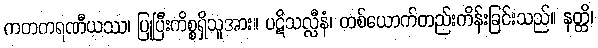
ကတကရဏီယဿ၊ ပြုပြီးကိစ္စရှိသူအား။ ပဋိသလ္လီနံ၊ တစ်ယောက်တည်းကိန်းခြင်းသည်။ နတ္ထိ၊